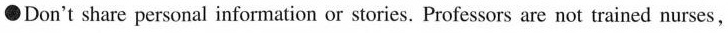
\bullet Don't share personal information or stories. Professors are not trained nurses,